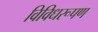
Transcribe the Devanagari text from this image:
विविधरूपण